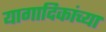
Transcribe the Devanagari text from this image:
यागादिकांच्या